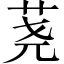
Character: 荛